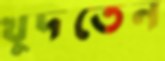
খুদতেন